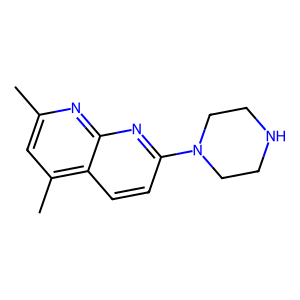
SMILES: Cc1cc(C)c2ccc(N3CCNCC3)nc2n1
Inhibits HIV replication: No